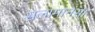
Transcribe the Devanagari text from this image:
सलामानसा